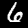
Digit: 6